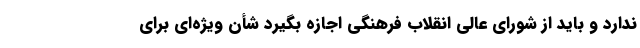
ندارد و باید از شورای عالی انقلاب فرهنگی اجازه بگیرد شأن ویژه‌ای برای